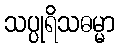
သပ္ပုရိသဓမ္မာ